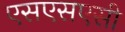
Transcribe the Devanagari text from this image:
एसएसएसी